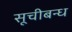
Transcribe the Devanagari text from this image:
सूचीबन्ध